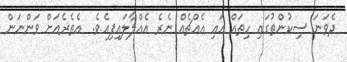
ދެވަނަ ސިކުންތުގައި ހިތައް އައި އެއްޗެއް ނެރެ އެއްލާލައިފިއެވެ.  އެތެރެއަށް ވަންނަން